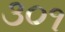
૩૦૧